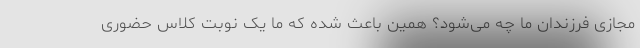
مجازی فرزندان ما چه می‌شود؟ همین باعث شده که ما یک نوبت کلاس حضوری